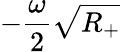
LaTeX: -\frac{\omega}{2}\sqrt{R_{+}}